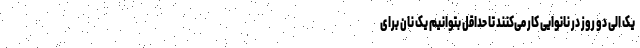
یک الی دو روز در نانوایی کار می‌کنند تا حداقل بتوانیم یک نان برای